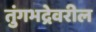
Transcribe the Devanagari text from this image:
तुंगभद्रेवरील